Report on lock hospitals in British Burma
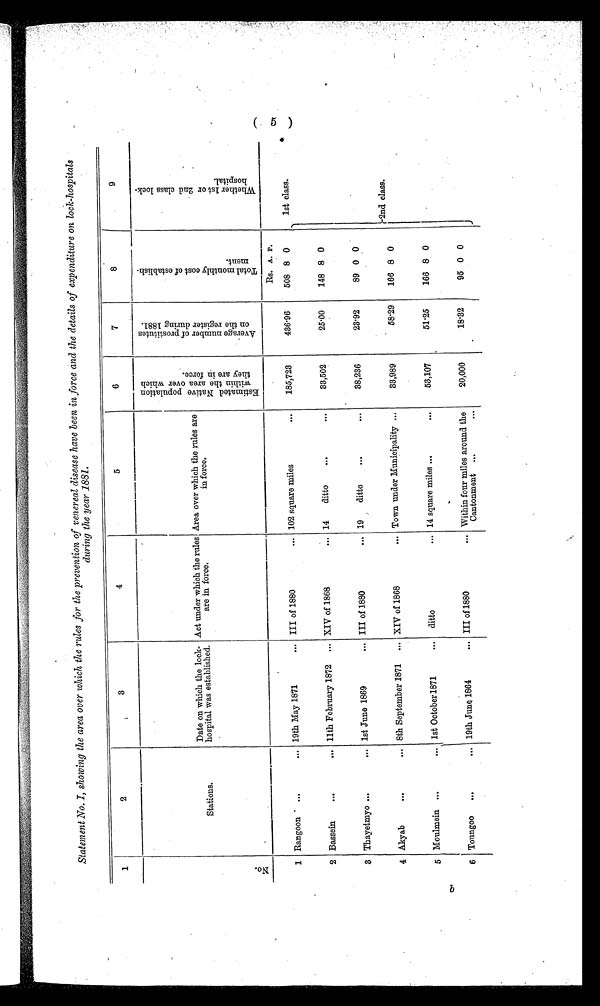
6 S
Statement No. I, showing the area over which the rules for the prevention of venereal disease have been in force and the details of expenditure on lock-hospitals
during the year 1881.
1
2
3
4
5
6
7
8
9
N o .
Stations.
Date on which the lock-
hospital was established.
Act under which the rules
are in force.
Area over which the rules are
in force.
E s t i m a t e d N a t i v e p o p u l a t i o n w i t h i n t h e a r e a o v e r w h i c h
t h e y a r e i n f o r c e .
A v e r a g e n u m b e r o f p r o s t i t u t e s o n t h e r e g i s t e r d u r i n g 1 8 8 1 .
T o t a l m o n t h l y c o s t o f e s t a b l i s h -
m e n t .
Wh e t h e r 1 s t o r 2 n d c l a s s l o c k -
hospital.
1 Rangoon
...
... 19th May 1871
... III of 1880
... 102 square miles
. . .
185,723
436.96
Rs. A. P.
1st class.
508 8 0
2 Bassein
. . .
... 11th February 1872 ... XIV of 1868
... 14
ditto
...
. . .
33,502
25.00
148 8 0
2nd class.
8 Thayetmyo ...
... 1st June 1869
... III of 1880
... 19
ditto
. . .
...
38,236
23.92
89 0 0
4 Akyab
. . .
... 8th September 1871 ... XIV of 1868
... Town under Municipality ...
33,989
58.29
166 8 0
5 Moulmein ...
... 1st October 1871
... ditto
... 14 square miles ...
...
53,107
51.25
166 8 0
6 Toungoo
...
... 19th Jung 1864
... III of 1880
... Within four miles around the
Cantonment ...
. . .
20,000
18.32
95 0 0
5